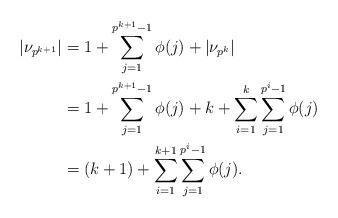
LaTeX: \begin{align*} |\nu_{p^{k+1}}| &= 1+\sum\limits_{j=1}^{p^{k+1}-1}\phi(j) + |\nu_{p^k}|\\ &= 1+\sum\limits_{j=1}^{p^{k+1}-1}\phi(j) + k+\sum\limits_{i=1}^k\sum\limits_{j=1}^{p^i-1}\phi(j)\\ &= (k+1) + \sum\limits_{i=1}^{k+1}\sum\limits_{j=1}^{p^i-1}\phi(j). \end{align*}